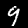
Digit: 9